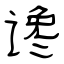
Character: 谗